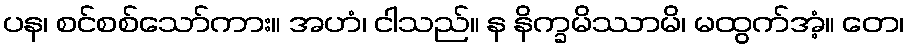
ပန၊ စင်စစ်သော်ကား။ အဟံ၊ ငါသည်။ န နိက္ခမိဿာမိ၊ မထွက်အံ့။ တေ၊